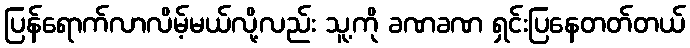
ပြန်ရောက်လာလိမ့်မယ်လို့လည်း သူ့ကို ခဏခဏ ရှင်းပြနေတတ်တယ်